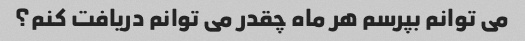
می توانم بپرسم هر ماه چقدر می توانم دریافت کنم؟